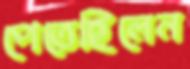
পেতেছিলেন